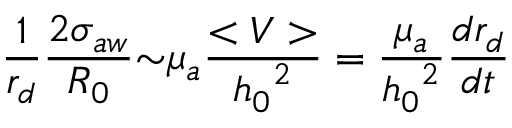
\frac { 1 } { r _ { d } } \frac { 2 { \sigma } _ { a w } } { R _ { 0 } } { \sim } { \mu } _ { a } \frac { < V > } { { h _ { 0 } } ^ { 2 } } = \frac { { \mu } _ { a } } { { h _ { 0 } } ^ { 2 } } \frac { d r _ { d } } { d t }